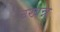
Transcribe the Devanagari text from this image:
उखन्न